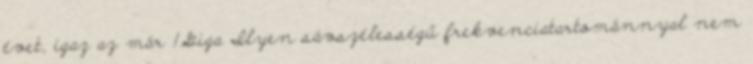
évet, igaz az már 1Giga Ilyen sávszélességű frekvenciatartománnyal nem